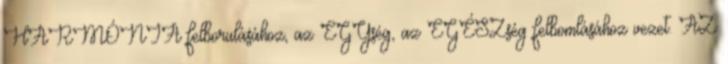
HARMÓNIA felborulásához, az EGYség, az EGÉSZség felbomlásához vezet. AZ